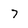
Character: 7